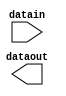
// megafunction wizard: %ALTIOBUF%VBB%
// GENERATION: STANDARD
// VERSION: WM1.0
// MODULE: altiobuf_out 

// ============================================================
// Megafunction Name(s):
// 			altiobuf_out
//
// Simulation Library Files(s):
// 			cycloneiii
// ============================================================
// ************************************************************
// THIS IS A WIZARD-GENERATED FILE. DO NOT EDIT THIS FILE!
//
// 13.1.0 Build 162 10/23/2013 SJ Web Edition
// ************************************************************

//Copyright (C) 1991-2013 Altera Corporation
//Your use of Altera Corporation's design tools, logic functions 
//and other software and tools, and its AMPP partner logic 
//functions, and any output files from any of the foregoing 
//(including device programming or simulation files), and any 
//associated documentation or information are expressly subject 
//to the terms and conditions of the Altera Program License 
//Subscription Agreement, Altera MegaCore Function License 
//Agreement, or other applicable license agreement, including, 
//without limitation, that your use is for the sole purpose of 
//programming logic devices manufactured by Altera and sold by 
//Altera or its authorized distributors.  Please refer to the 
//applicable agreement for further details.

module Driver128b (
	datain,
	dataout)/* synthesis synthesis_clearbox = 1 */;

	input	[127:0]  datain;
	output	[127:0]  dataout;

endmodule

// ============================================================
// CNX file retrieval info
// ============================================================
// Retrieval info: PRIVATE: INTENDED_DEVICE_FAMILY STRING "Cyclone III"
// Retrieval info: PRIVATE: SYNTH_WRAPPER_GEN_POSTFIX STRING "0"
// Retrieval info: LIBRARY: altera_mf altera_mf.altera_mf_components.all
// Retrieval info: CONSTANT: INTENDED_DEVICE_FAMILY STRING "Cyclone III"
// Retrieval info: CONSTANT: enable_bus_hold STRING "FALSE"
// Retrieval info: CONSTANT: left_shift_series_termination_control STRING "FALSE"
// Retrieval info: CONSTANT: number_of_channels NUMERIC "128"
// Retrieval info: CONSTANT: open_drain_output STRING "FALSE"
// Retrieval info: CONSTANT: pseudo_differential_mode STRING "FALSE"
// Retrieval info: CONSTANT: use_differential_mode STRING "FALSE"
// Retrieval info: CONSTANT: use_oe STRING "FALSE"
// Retrieval info: CONSTANT: use_termination_control STRING "FALSE"
// Retrieval info: USED_PORT: datain 0 0 128 0 INPUT NODEFVAL "datain[127..0]"
// Retrieval info: USED_PORT: dataout 0 0 128 0 OUTPUT NODEFVAL "dataout[127..0]"
// Retrieval info: CONNECT: @datain 0 0 128 0 datain 0 0 128 0
// Retrieval info: CONNECT: dataout 0 0 128 0 @dataout 0 0 128 0
// Retrieval info: GEN_FILE: TYPE_NORMAL Driver128b.v TRUE
// Retrieval info: GEN_FILE: TYPE_NORMAL Driver128b.inc FALSE
// Retrieval info: GEN_FILE: TYPE_NORMAL Driver128b.cmp FALSE
// Retrieval info: GEN_FILE: TYPE_NORMAL Driver128b.bsf TRUE
// Retrieval info: GEN_FILE: TYPE_NORMAL Driver128b_inst.v FALSE
// Retrieval info: GEN_FILE: TYPE_NORMAL Driver128b_bb.v TRUE
// Retrieval info: LIB_FILE: cycloneiii